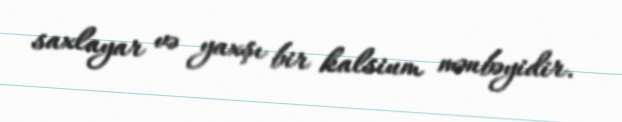
saxlayar və yaxşı bir kalsium mənbəyidir.